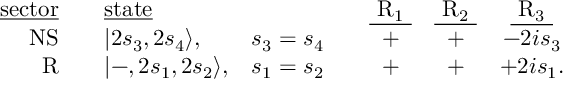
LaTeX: \begin{array} { r c l l c c c c } { { \mathrm { \underline { { { s e c t o r } } } } } } & { { { } } } & { { \mathrm { \underline { { { s t a t e } } } } } } & { { { } } } & { { { } } } & { { \mathrm { \underline { { { ~ R _ { 1 } ~ } } } } } } & { { \mathrm { \underline { { { ~ R _ { 2 } ~ } } } } } } & { { \mathrm { \underline { { { ~ R _ { 3 } ~ } } } } } } \\ { { \mathrm { N S } } } & { { { } } } & { { | 2 s _ { 3 } , 2 s _ { 4 } \rangle , } } & { { s _ { 3 } = s _ { 4 } } } & { { { } } } & { { + } } & { { + } } & { { - 2 i s _ { 3 } } } \\ { { \mathrm { R } } } & { { { } } } & { { | - , 2 s _ { 1 } , 2 s _ { 2 } \rangle , } } & { { s _ { 1 } = s _ { 2 } } } & { { { } } } & { { + } } & { { + } } & { { + 2 i s _ { 1 } . } } \end{array}